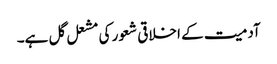
آدمیت کے اخلاقی شعور کی مشعل گل ہے۔